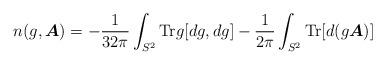
LaTeX: \begin{align*}n(g,\mbox{\boldmath$A$}) = -\frac{1}{32\pi}\int_{S^{2}} {\rm Tr}g [dg,dg] - \frac{1}{2\pi}\int_{S^{2}} {\rm Tr} [d(g \mbox{\boldmath$A$})]\end{align*}